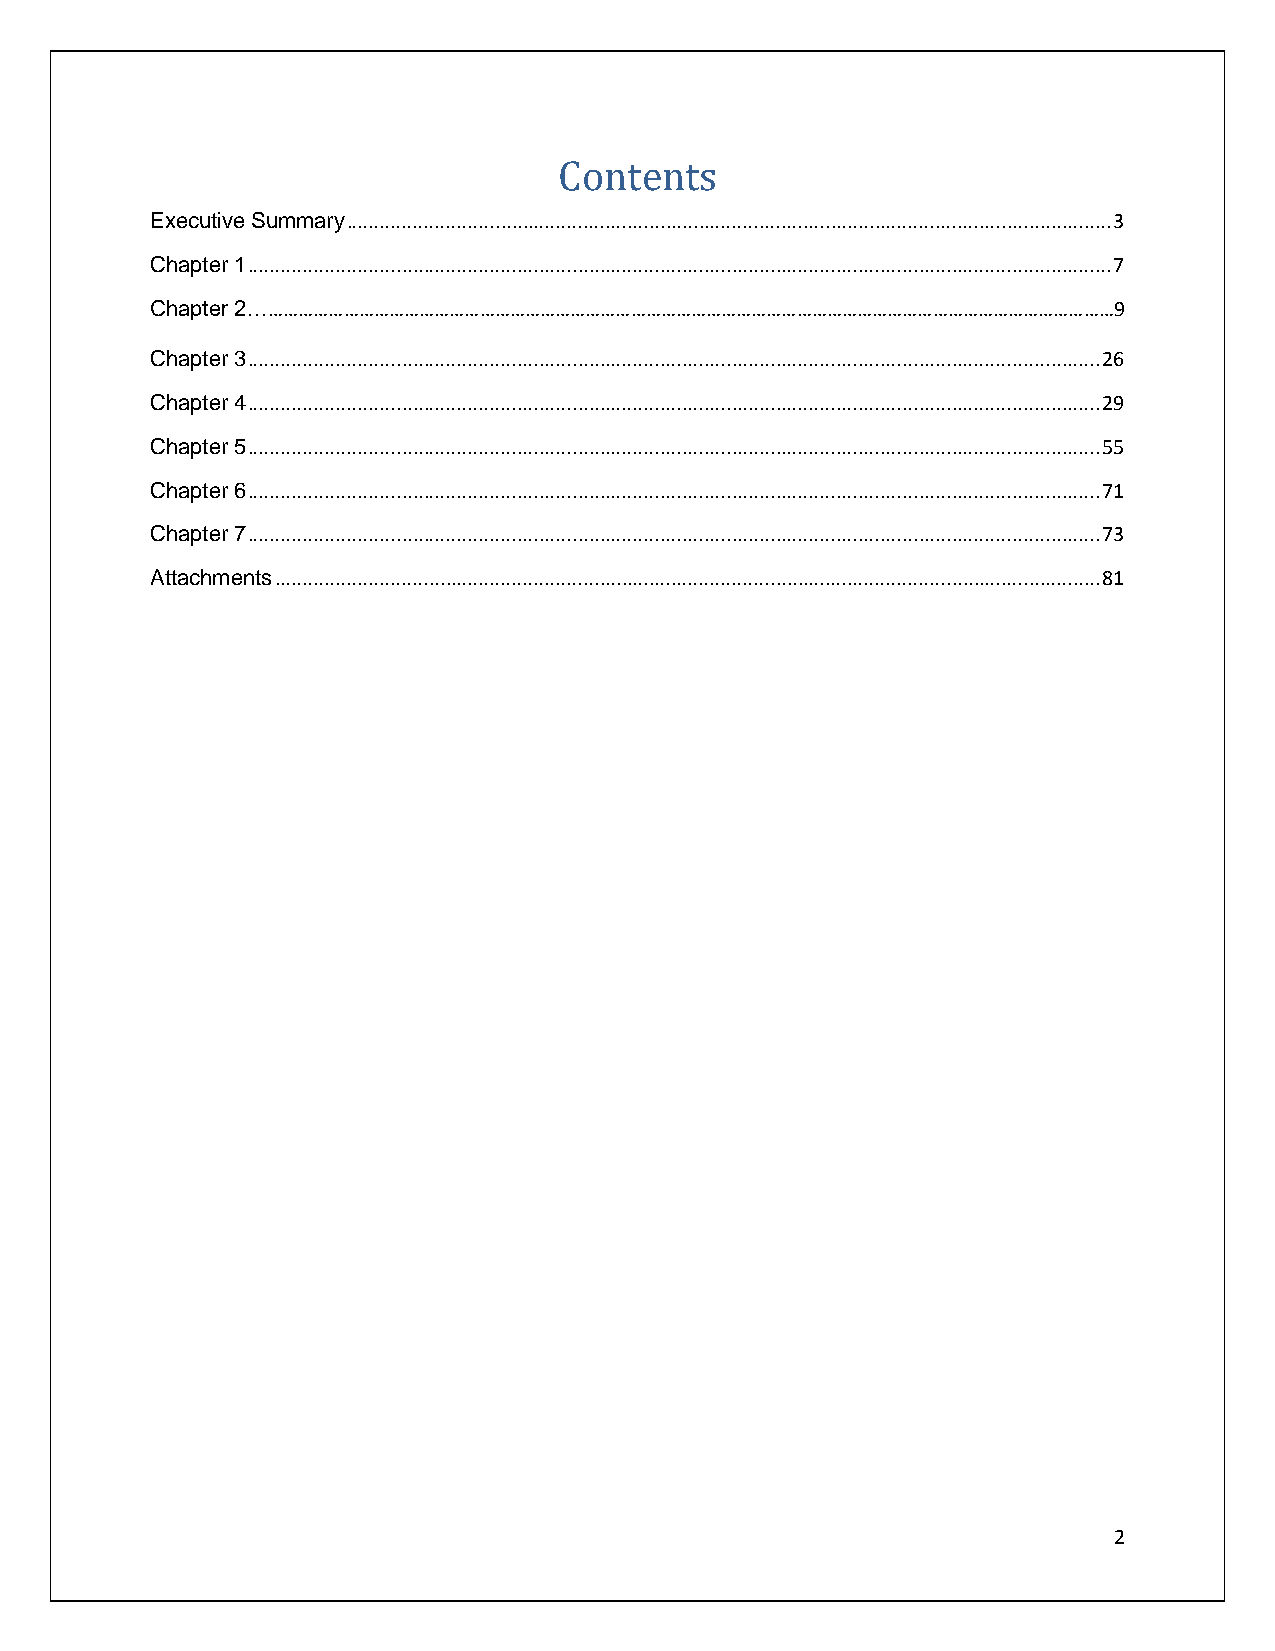
Contents
 Executive Summary ........................................................................................................................................... 3
 Chapter 1 ............................................................................................................................................................. 7
 Chapter 2………………………………………………………………………………………………………………………………………………………9
 Chapter 3 ........................................................................................................................................................... 26
 Chapter 4 ........................................................................................................................................................... 29
 Chapter 5 ........................................................................................................................................................... 55
 Chapter 6 ........................................................................................................................................................... 71
 Chapter 7 ........................................................................................................................................................... 73
 Attachments ...................................................................................................................................................... 81
 2